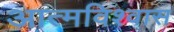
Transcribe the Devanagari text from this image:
आत्‍मविश्‍वास